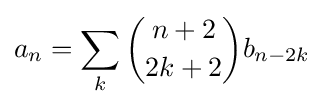
a_{n}=\sum _{k}{\binom {n+2}{2k+2}}b_{n-2k}